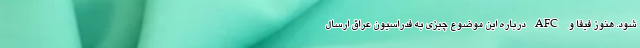
شود. هنوز فیفا و AFC درباره این موضوع چیزی به فدراسیون عراق ارسال